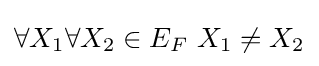
{\textstyle \forall X_{1}\forall X_{2}\in E_{F}\ X_{1}\neq X_{2}}